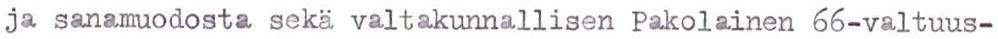
ja sanamuodosta sekä valtakunnallisen Pakolainen 66-valtuus-